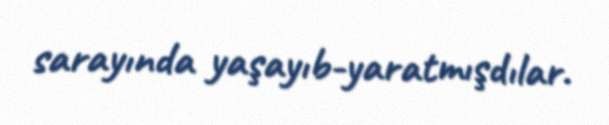
sarayında yaşayıb-yaratmışdılar.